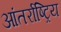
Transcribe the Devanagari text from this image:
आंतर्राष्ट्रिय